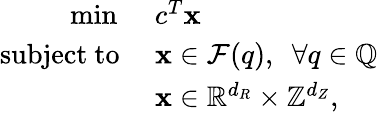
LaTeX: \begin{array}{rl}{\operatorname*{min}\, \, }&{c^{T}{\mathbf{x}}}\\ {\mathrm{subject~to~}}&{{\mathbf{x}}\in\mathcal{F}(q),\, \, \, \forall q\in{\mathbb{Q}}}\\ &{{\mathbf{x}}\in{\mathbb{R}}^{d_{R}}\times{\mathbb{Z}}^{d_{Z}},}\end{array}